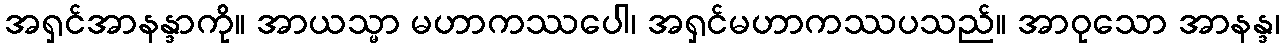
အရှင်အာနန္ဒာကို။ အာယသ္မာ မဟာကဿပေါ၊ အရှင်မဟာကဿပသည်။ အာဝုသော အာနန္ဒ၊